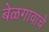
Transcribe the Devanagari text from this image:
बेळगावाचे